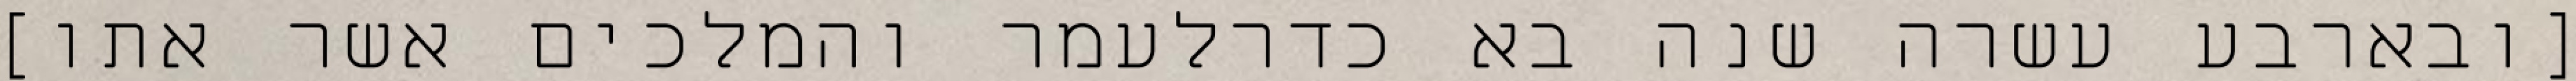
[ובארבע עשרה שנה בא כדרלעמר והמלכים אשר אתו]